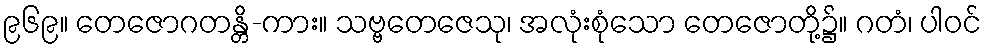
၉၆၉။ တေဇောဂတန္တိ-ကား။ သဗ္ဗတေဇေသု၊ အလုံးစုံသော တေဇောတို့၌။ ဂတံ၊ ပါဝင်